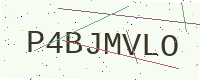
Text: P4BJMVLO